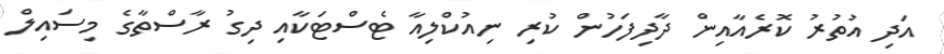
އަދި އުތުރު ކޮރެއާއިން ދާދިފަހުން ކުރި ނިއުކްލިއާ ޓެސްޓަކާއި ދިގު ރާސްތާގެ މިސައިލް